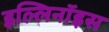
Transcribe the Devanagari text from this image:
इल्लिनॉइस